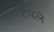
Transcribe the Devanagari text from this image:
टपले